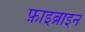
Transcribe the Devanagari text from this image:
फ़ाइब्राइन